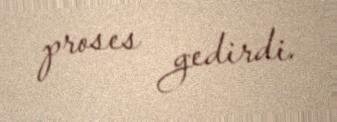
proses gedirdi.